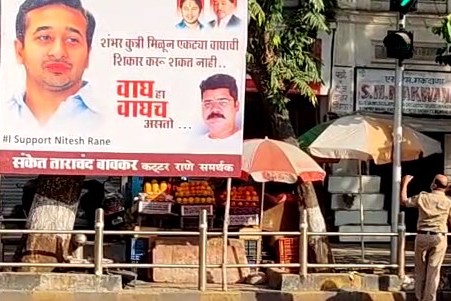
Language: marathi
Transcription: शंभर कुत्री मिळून एकट्या वाघाची शिकार शकत नाही.. वाघ हा असतो संकेत ताराचंद राणे समर्थक वाघच कट् टर करू बावकर